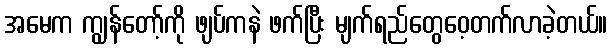
အမေက ကျွန်တော့်ကို ဖျပ်ကနဲ ဖက်ပြီး မျက်ရည်တွေဝေ့တက်လာခဲ့တယ်။